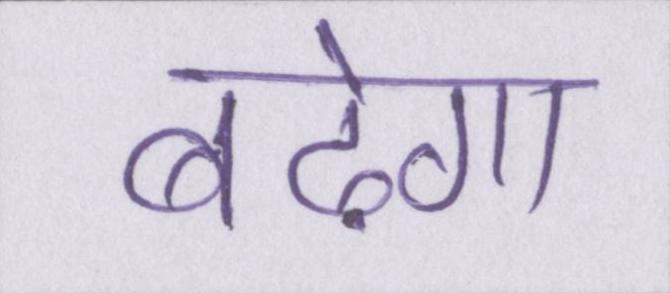
बढ़ेगा